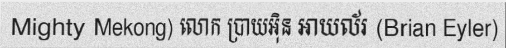
Mighty Mekong) លោក ប្រាយអ៊ិន អាយល័រ (Brian Eyler)